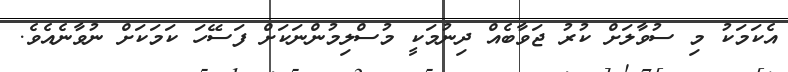
އެކަމަކު މި ސުވާލަށް ކުރު ޖަވާބެއް ދިނުމަކީ މުސްލިމުންނަކަށް ފަސޭހަ ކަމަކަށް ނުވާނެއެވެ.